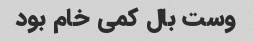
وست بال کمی خام بود